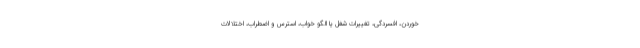
خوردن، افسردگی، تغییرات شغل یا الگو خواب، استرس و اضطراب، اختلالات